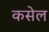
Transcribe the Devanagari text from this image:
कसेल